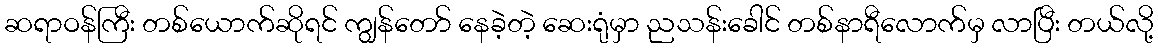
ဆရာဝန်ကြီး တစ်ယောက်ဆိုရင် ကျွန်တော် နေခဲ့တဲ့ ဆေးရုံမှာ ညသန်းခေါင် တစ်နာရီလောက်မှ လာပြီး တယ်လို့